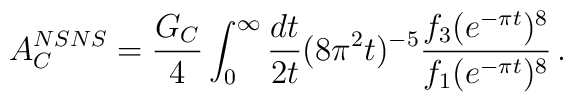
A^{NSNS}_C = {G_C\over 4}\int_0^\infty{dt\over 2t}     (8\pi^2t)^{-5}{f_3(e^{-\pi t})^8\over f_1(e^{-\pi t})^8}\,.